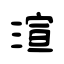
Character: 渲